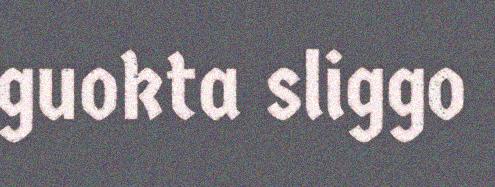
guokta sliggo